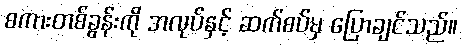
စကားတစ်ခွန်းကို အလုပ်နှင့် ဆက်စပ်မှ ပြောချင်သည်။